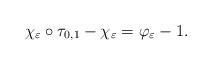
LaTeX: \begin{align*}\chi _{\varepsilon }\circ \tau _{0,1}-\chi _{\varepsilon }=\varphi_{\varepsilon }-1.\end{align*}